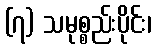
(၇) သမုစ္စည်းပိုင်း၊